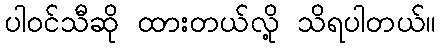
ပါဝင်သီဆို ထားတယ်လို့ သိရပါတယ်။